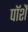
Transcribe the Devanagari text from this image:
पॉर्शे